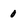
Character: 0